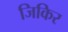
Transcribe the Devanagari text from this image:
जिकिर